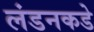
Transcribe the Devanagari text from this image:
लंडनकडे